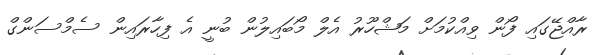
ރާއްޖޭގައި ފޯން ވިއްކުމަށް މަޝްހޫރު އެލް މޯބައިލުން ބުނީ އެ ފިހާރައިން ސެމްސަންގް